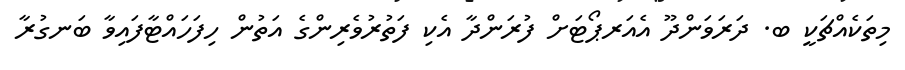
މިތަކެއްޗަކީ ބ. ދަރަވަންދޫ އެއަރޕޯޓަށް ފުރަންދާ އެކި ފަތުރުވެރިންގެ އަތުން ހިފަހައްޓާފައިވާ ބަނގުރާ